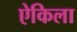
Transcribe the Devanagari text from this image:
ऐकिला